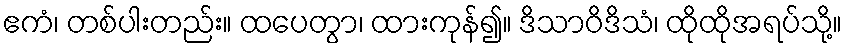
ဧကံ၊ တစ်ပါးတည်း။ ထပေတွာ၊ ထားကုန်၍။ ဒိသာဝိဒိသံ၊ ထိုထိုအရပ်သို့။